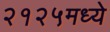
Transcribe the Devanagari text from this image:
२१२५मध्ये